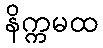
နိက္ကမထ